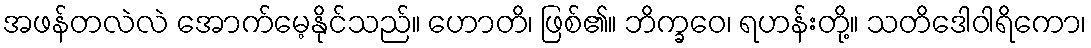
အဖန်တလဲလဲ အောက်မေ့နိုင်သည်။ ဟောတိ၊ ဖြစ်၏။ ဘိက္ခဝေ၊ ရဟန်းတို့။ သတိဒေါဝါရိကော၊